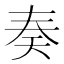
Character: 奏